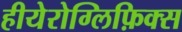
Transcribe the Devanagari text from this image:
हीयेरोग्लिफ़िक्स